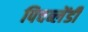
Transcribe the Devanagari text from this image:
पिचब्लेंडी